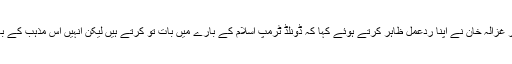
ڈونلڈ ٹرمپ کے اس بیان پر غزالہ خان نے اپنا ردعمل ظاہر کرتے ہوئے کہا کہ ڈونلڈ ٹرمپ اسلام کے بارے میں بات تو کرتے ہیں لیکن انہیں اس مذہب کے بارے میں کچھ پتہ نہیں ہے۔